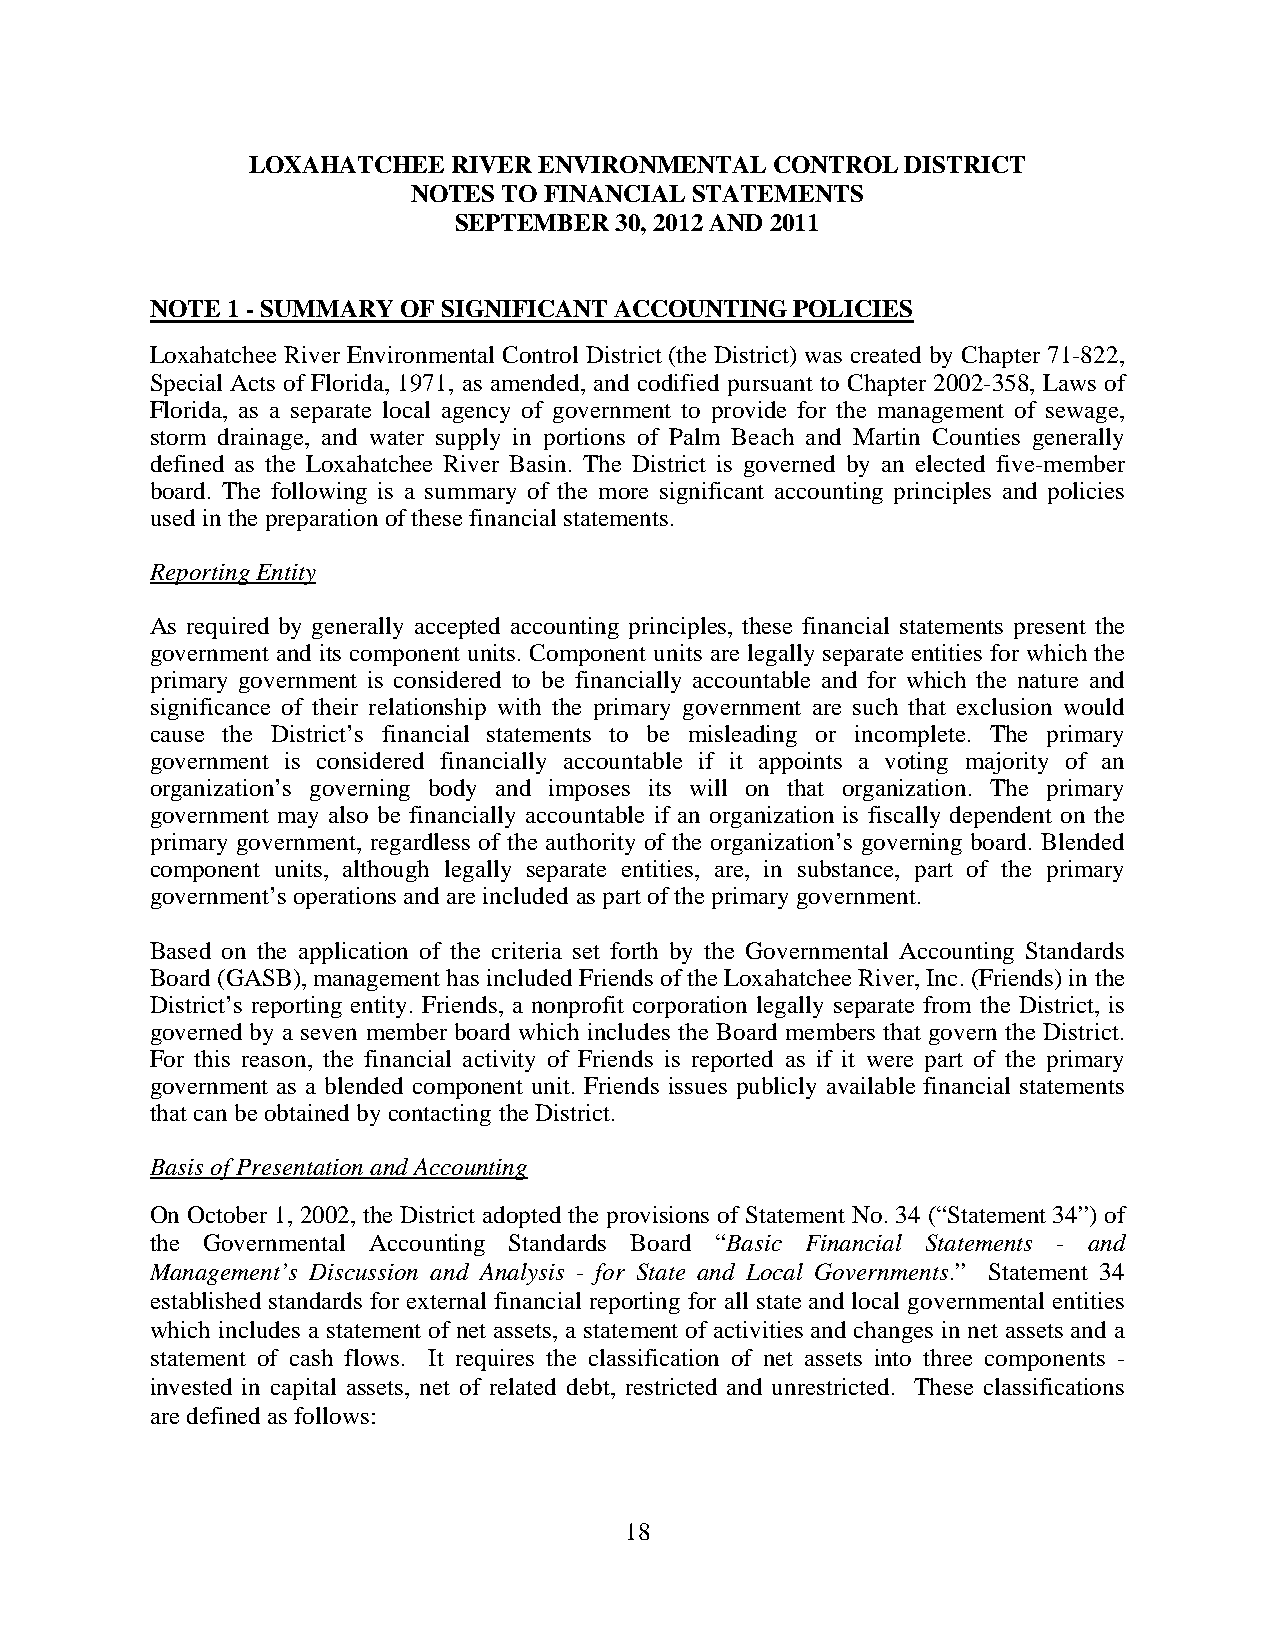
LOXAHATCHEE   RIVER ENVIRONMENTAL  CONTROL  DISTRICT
 NOTES TO FINANCIAL STATEMENTS
 SEPTEMBER  30, 2012 AND 2011
 NOTE 1 - SUMMARY OF SIGNIFICANT ACCOUNTING POLICIES
 Loxahatchee River Environmental Control District (the District) was created by Chapter 71-822,
 Special Acts of Florida, 1971, as amended, and codified pursuant to Chapter 2002-358, Laws of
 Florida, as a separate local agency of government to provide for the management of sewage,
 storm drainage, and water supply in portions of Palm Beach and Martin Counties generally
 defined as the Loxahatchee River Basin. The District is governed by an elected five-member
 board. The following is a summary of the more significant accounting principles and policies
 used in the preparation of these financial statements.
 Reporting Entity
 As required by generally accepted accounting principles, these financial statements present the
 government and its component units. Component units are legally separate entities for which the
 primary government is considered to be financially accountable and for which the nature and
 significance of their relationship with the primary government are such that exclusion would
 cause the District’s financial statements to be misleading or incomplete. The primary
 government is considered financially accountable if it appoints a voting majority of an
 organization’s governing body and imposes its will on that organization. The primary
 government may also be financially accountable if an organization is fiscally dependent on the
 primary government, regardless of the authority of the organization’s governing board. Blended
 component units, although legally separate entities, are, in substance, part of the primary
 government’s operations and are included as part of the primary government.
 Based on the application of the criteria set forth by the Governmental Accounting Standards
 Board (GASB), management has included Friends of the Loxahatchee River, Inc. (Friends) in the
 District’s reporting entity. Friends, a nonprofit corporation legally separate from the District, is
 governed by a seven member board which includes the Board members that govern the District.
 For this reason, the financial activity of Friends is reported as if it were part of the primary
 government as a blended component unit. Friends issues publicly available financial statements
 that can be obtained by contacting the District.
 Basis of Presentation and Accounting
 On October 1, 2002, the District adopted the provisions of Statement No. 34 (“Statement 34”) of
 the Governmental Accounting Standards Board “Basic Financial Statements - and
 Management’s Discussion and Analysis - for State and Local Governments.” Statement 34
 established standards for external financial reporting for all state and local governmental entities
 which includes a statement of net assets, a statement of activities and changes in net assets and a
 statement of cash flows. It requires the classification of net assets into three components -
 invested in capital assets, net of related debt, restricted and unrestricted. These classifications
 are defined as follows:
 18